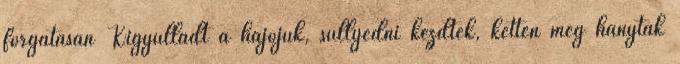
forgatásán Kigyulladt a hajójuk, süllyedni kezdtek, ketten még hánytak